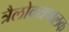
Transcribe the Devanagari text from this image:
त्रैलोक्यपालक